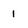
Character: 1